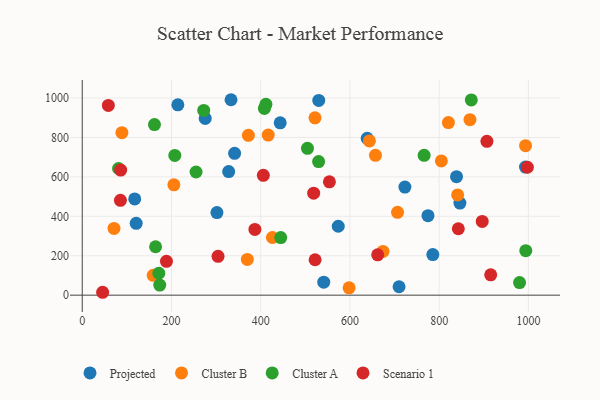
{"axis": {"x": "Speed", "y": "Fuel Efficiency"}, "legend": ["Cluster A", "Cluster B", "Projected", "Scenario 1"], "data": [{"x": "838.9", "y": 600.9, "type": "Projected"}, {"x": "117.6", "y": 488.1, "type": "Projected"}, {"x": "214.3", "y": 965.5, "type": "Projected"}, {"x": "530.1", "y": 987.8, "type": "Projected"}, {"x": "993.5", "y": 649.8, "type": "Projected"}, {"x": "846.5", "y": 467.4, "type": "Projected"}, {"x": "710.1", "y": 42.7, "type": "Projected"}, {"x": "723.2", "y": 548.2, "type": "Projected"}, {"x": "120.9", "y": 364.6, "type": "Projected"}, {"x": "341.5", "y": 719.4, "type": "Projected"}, {"x": "638.7", "y": 795.5, "type": "Projected"}, {"x": "774.9", "y": 403.4, "type": "Projected"}, {"x": "541.3", "y": 66.1, "type": "Projected"}, {"x": "301.9", "y": 418.8, "type": "Projected"}, {"x": "275.6", "y": 896.3, "type": "Projected"}, {"x": "333.5", "y": 991.4, "type": "Projected"}, {"x": "328.2", "y": 627.0, "type": "Projected"}, {"x": "573.8", "y": 349.5, "type": "Projected"}, {"x": "443.7", "y": 874.2, "type": "Projected"}, {"x": "785.8", "y": 205.7, "type": "Projected"}, {"x": "993.6", "y": 758.5, "type": "Cluster B"}, {"x": "841.4", "y": 508.3, "type": "Cluster B"}, {"x": "372.4", "y": 810.6, "type": "Cluster B"}, {"x": "869.0", "y": 890.1, "type": "Cluster B"}, {"x": "88.9", "y": 824.3, "type": "Cluster B"}, {"x": "416.8", "y": 811.9, "type": "Cluster B"}, {"x": "804.9", "y": 680.8, "type": "Cluster B"}, {"x": "657.2", "y": 709.2, "type": "Cluster B"}, {"x": "643.7", "y": 782.5, "type": "Cluster B"}, {"x": "205.4", "y": 559.6, "type": "Cluster B"}, {"x": "706.7", "y": 420.1, "type": "Cluster B"}, {"x": "370.0", "y": 181.1, "type": "Cluster B"}, {"x": "521.7", "y": 899.5, "type": "Cluster B"}, {"x": "426.2", "y": 292.5, "type": "Cluster B"}, {"x": "598.1", "y": 37.2, "type": "Cluster B"}, {"x": "674.1", "y": 222.1, "type": "Cluster B"}, {"x": "71.2", "y": 338.8, "type": "Cluster B"}, {"x": "159.0", "y": 100.6, "type": "Cluster B"}, {"x": "820.7", "y": 875.6, "type": "Cluster B"}, {"x": "255.1", "y": 624.9, "type": "Cluster A"}, {"x": "529.8", "y": 677.8, "type": "Cluster A"}, {"x": "272.3", "y": 937.2, "type": "Cluster A"}, {"x": "444.9", "y": 292.2, "type": "Cluster A"}, {"x": "411.7", "y": 968.1, "type": "Cluster A"}, {"x": "994.1", "y": 225.6, "type": "Cluster A"}, {"x": "766.3", "y": 709.4, "type": "Cluster A"}, {"x": "980.2", "y": 64.0, "type": "Cluster A"}, {"x": "81.3", "y": 642.5, "type": "Cluster A"}, {"x": "161.9", "y": 865.5, "type": "Cluster A"}, {"x": "171.6", "y": 111.1, "type": "Cluster A"}, {"x": "504.8", "y": 744.8, "type": "Cluster A"}, {"x": "408.3", "y": 947.2, "type": "Cluster A"}, {"x": "164.4", "y": 245.6, "type": "Cluster A"}, {"x": "173.7", "y": 51.2, "type": "Cluster A"}, {"x": "207.5", "y": 709.1, "type": "Cluster A"}, {"x": "872.0", "y": 990.5, "type": "Cluster A"}, {"x": "188.8", "y": 171.6, "type": "Scenario 1"}, {"x": "997.7", "y": 649.0, "type": "Scenario 1"}, {"x": "662.2", "y": 204.8, "type": "Scenario 1"}, {"x": "45.7", "y": 14.7, "type": "Scenario 1"}, {"x": "86.2", "y": 634.4, "type": "Scenario 1"}, {"x": "907.0", "y": 780.6, "type": "Scenario 1"}, {"x": "915.5", "y": 103.4, "type": "Scenario 1"}, {"x": "85.6", "y": 481.3, "type": "Scenario 1"}, {"x": "554.0", "y": 575.0, "type": "Scenario 1"}, {"x": "58.5", "y": 962.6, "type": "Scenario 1"}, {"x": "304.4", "y": 197.1, "type": "Scenario 1"}, {"x": "405.9", "y": 607.7, "type": "Scenario 1"}, {"x": "521.9", "y": 179.7, "type": "Scenario 1"}, {"x": "842.9", "y": 337.0, "type": "Scenario 1"}, {"x": "387.0", "y": 333.3, "type": "Scenario 1"}, {"x": "518.7", "y": 517.6, "type": "Scenario 1"}, {"x": "896.5", "y": 374.0, "type": "Scenario 1"}]}